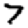
Digit: 7